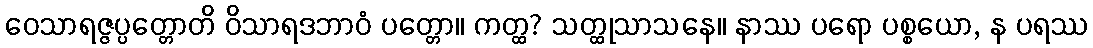
ဝေသာရဇ္ဇပ္ပတ္တောတိ ဝိသာရဒဘာဝံ ပတ္တော။ ကတ္ထ? သတ္ထုသာသနေ။ နာဿ ပရော ပစ္စယော, န ပရဿ